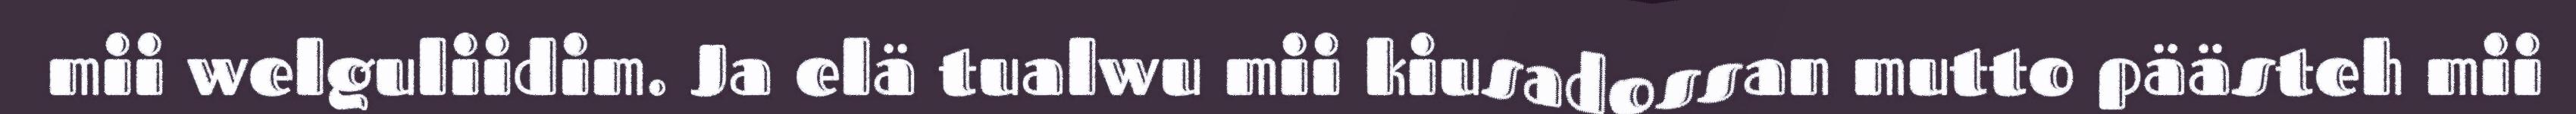
mii welguliidim. Ja elä tualwu mii kiusadossan mutto päästeh mii